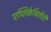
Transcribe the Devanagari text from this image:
एप्लिकेबिलीटी